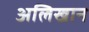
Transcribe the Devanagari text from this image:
अलिखान